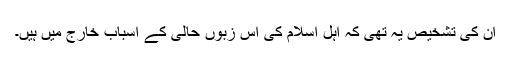
ان کی تشخیص یہ تھی کہ اہلِ اسلام کی اس زبوں حالی کے اسباب خارج میں ہیں۔